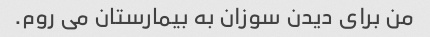
من برای دیدن سوزان به بیمارستان می روم.